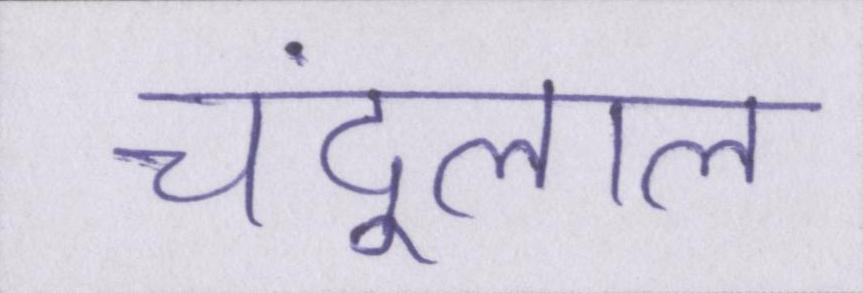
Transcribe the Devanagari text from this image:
चंदूलाल